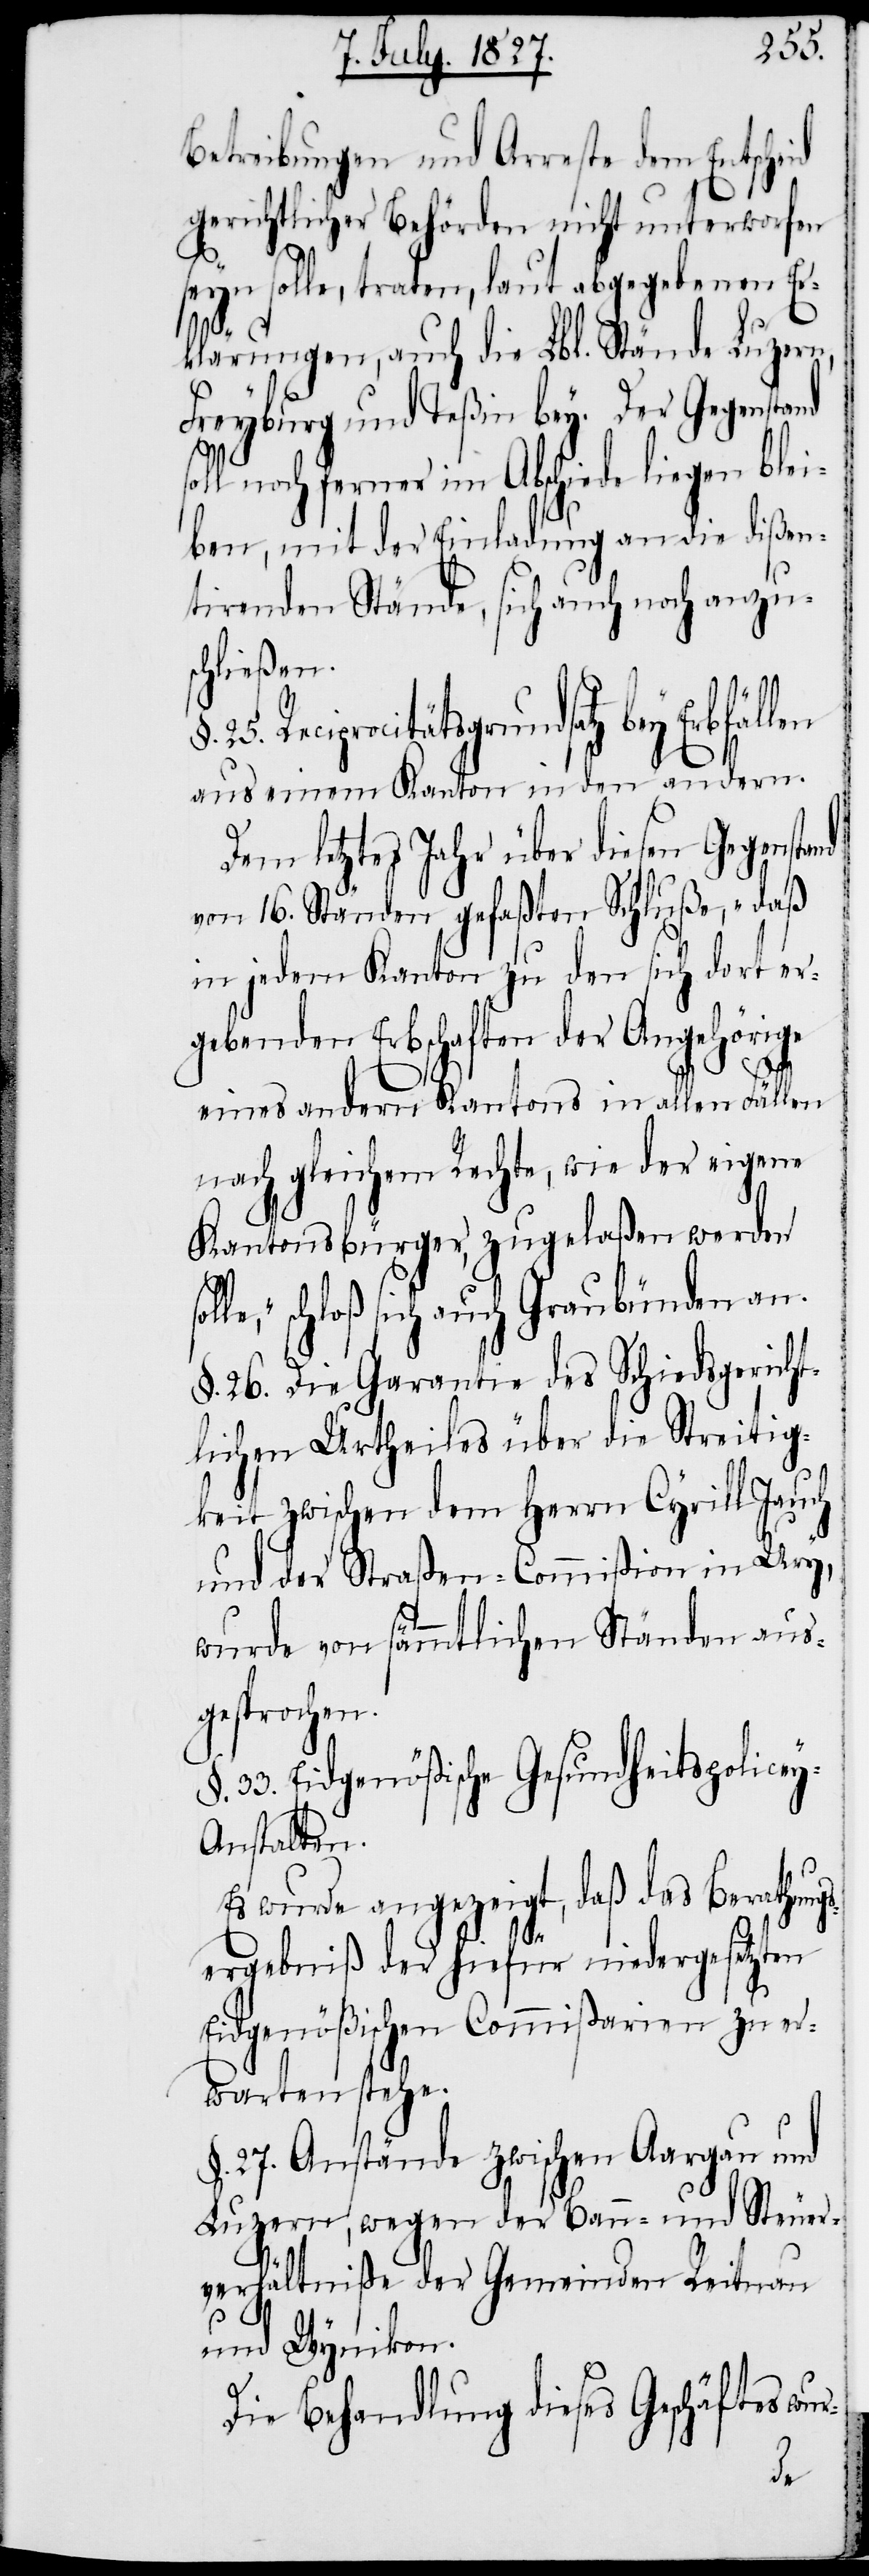
25.
Betreibungen und Arreste dem Entscheid
gerichtlicher Behörden nicht unterworfen
§.
seyn solle, traten, laut abgegebenen Er¬
sol¬
klärungen, auch die Lbl. Stände Luzern,
Freyburg und Teßin bey. Der Gegen¬
soll noch ferner im Abschiede liegen blei¬
ben, mit der Einladung an die dißen¬
tirenden Stände, sich auch noch anzu¬
schließen.
Reciprocitätsgrundsatz bey Erbfällen
aus einem Kanton in den andern.
Dem letztes Jahr über diesen Gegensatnd
von 16. Ständen gefaßten Schluße, „daß
in jedem Kanton zu den sich dort er¬
gebenden Erbschaften der Angehörige
eines andern Kantons in allen Fällen
nach gleichem Rechte, wie der eigene
Kantonsbürger, zugelaßen werden
le,“ schloß sich auch Graubünden an.
§. 26. Die Garantie des Schiedsgericht¬
lichen Urtheils über die Streitig¬
keit zwischen dem Herrn Cyrill Jauch
und der Straßen-Commißion in Ury,
wurde von sämmtlichen Ständen aus¬
gesprochen.
33. Eidgenößische Gesundheitspolice¬
y-Anstalten.
Es wurde angezeigt, daß das Berathung¬
sergebniß der hiefür niedergesetzten
Eidgenößischen Commißarien zu er¬
warten stehe.
27. Anstände zwischen Aargau und
Luzern, wegen der Bann- und Steuer¬
verhältniße der Gemeinden Reitnau
und Wynikon.
Die Behandlung dieses Geschäftes wur-